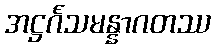
အဋ္ဌင်္ဂသမန္နာဂတဿ